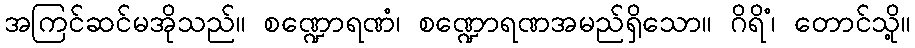
အကြင်ဆင်မအိုသည်။ စဏ္ဍောရဏံ၊ စဏ္ဍောရဏအမည်ရှိသော။ ဂိရိံ၊ တောင်သို့။